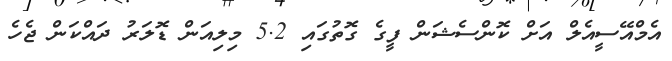
އެމްއޭސީއެލް އަށް ކޮންސެޝަން ފީގެ ގޮތުގައި 5.2 މިލިއަން ޑޮލަރު ދައްކަން ޖެހެ